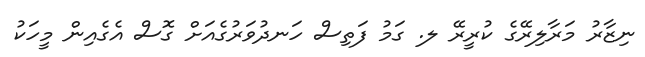
ނިޒާރު މަރާލިރޭގެ ކުރީރޭ ލ. ގަމު ފަތިސް ހަނދުވަރުގެއަށް ގޮސް އެގެއިން މީހަކު